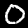
Label: 0